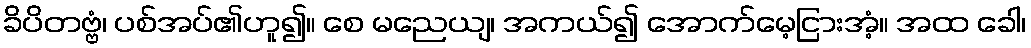
ခိပိတဗ္ဗံ၊ ပစ်အပ်၏ဟူ၍။ စေ မညေယျ၊ အကယ်၍ အောက်မေ့ငြားအံ့။ အထ ခေါ၊